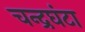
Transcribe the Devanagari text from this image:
चन्द्रघंटा